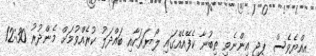
އިއްޔެވެސް ޕީޖީ އިންނެވި ތިބުނާ ކެފޭއެއްގައި ލޯޔަރަކާއި ބައްދަލު ކުރެއްވުމަށް މެންދުރު 12:30